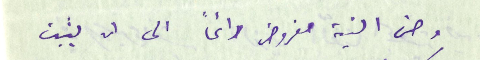
وحسن النية مفروض دائماً الى ان يثبت